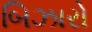
બિઝારો